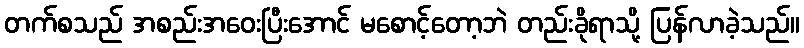
တက်စသည် အစည်းအဝေးပြီးအောင် မစောင့်တော့ဘဲ တည်းခိုရာသို့ ပြန်လာခဲ့သည်။